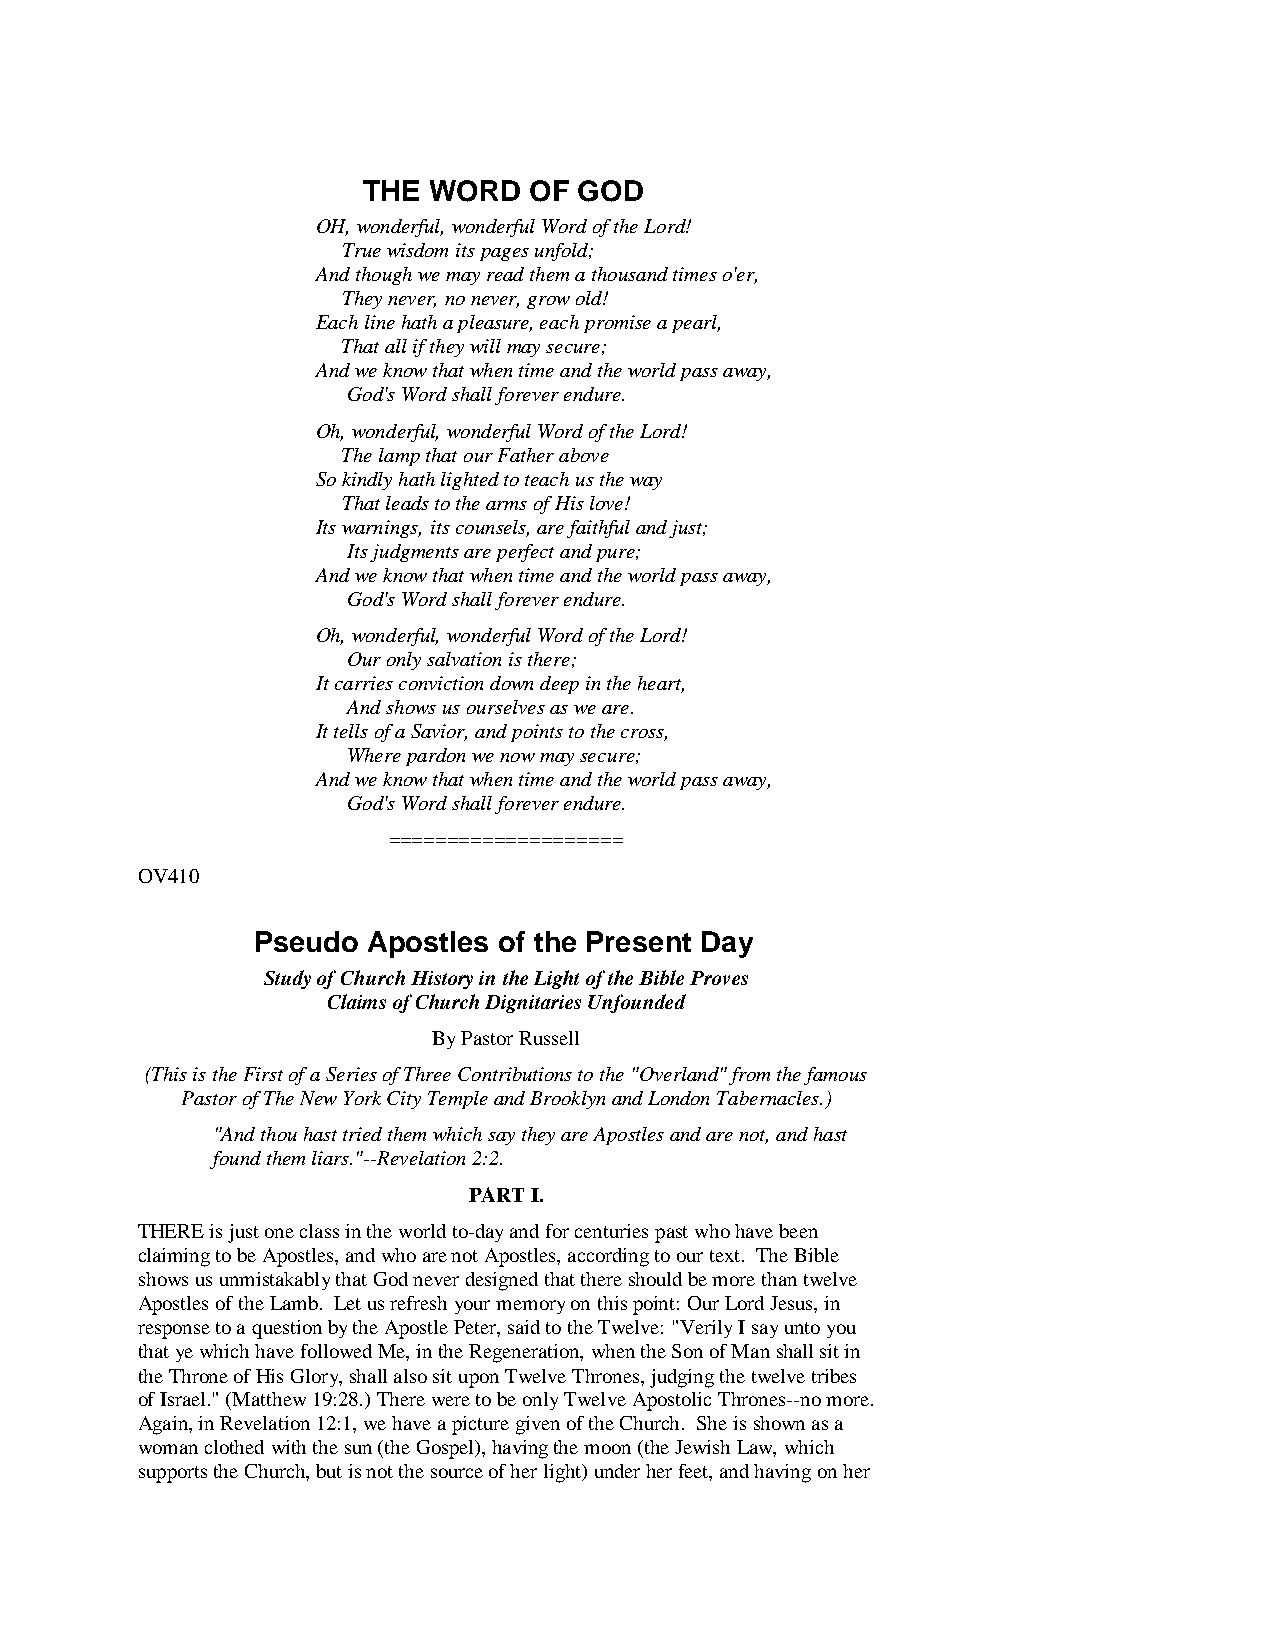
THE WORD   OF GOD
 OH, wonderful, wonderful Word of the Lord!
 True wisdom its pages unfold;
 And though we may read them a thousand times o'er,
 They never, no never, grow old!
 Each line hath a pleasure, each promise a pearl,
 That all if they will may secure;
 And we know that when time and the world pass away,
 God's Word shall forever endure.
 Oh, wonderful, wonderful Word of the Lord!
 The lamp that our Father above
 So kindly hath lighted to teach us the way
 That leads to the arms of His love!
 Its warnings, its counsels, are faithful and just;
 Its judgments are perfect and pure;
 And we know that when time and the world pass away,
 God's Word shall forever endure.
 Oh, wonderful, wonderful Word of the Lord!
 Our only salvation is there;
 It carries conviction down deep in the heart,
 And shows us ourselves as we are.
 It tells of a Savior, and points to the cross,
 Where pardon we now may secure;
 And we know that when time and the world pass away,
 God's Word shall forever endure.
 ====================
 OV410
 Pseudo Apostles of the Present Day
 Study of Church History in the Light of the Bible Proves
 Claims of Church Dignitaries Unfounded
 By Pastor Russell
 (This is the First of a Series of Three Contributions to the "Overland" from the famous
 Pastor of The New York City Temple and Brooklyn and London Tabernacles.)
 "And thou hast tried them which say they are Apostles and are not, and hast
 found them liars."--Revelation 2:2.
 PART I.
 THERE is just one class in the world to-day and for centuries past who have been
 claiming to be Apostles, and who are not Apostles, according to our text. The Bible
 shows us unmistakably that God never designed that there should be more than twelve
 Apostles of the Lamb. Let us refresh your memory on this point: Our Lord Jesus, in
 response to a question by the Apostle Peter, said to the Twelve: "Verily I say unto you
 that ye which have followed Me, in the Regeneration, when the Son of Man shall sit in
 the Throne of His Glory, shall also sit upon Twelve Thrones, judging the twelve tribes
 of Israel." (Matthew 19:28.) There were to be only Twelve Apostolic Thrones--no more.
 Again, in Revelation 12:1, we have a picture given of the Church. She is shown as a
 woman clothed with the sun (the Gospel), having the moon (the Jewish Law, which
 supports the Church, but is not the source of her light) under her feet, and having on her